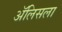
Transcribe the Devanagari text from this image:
ॲलिसला